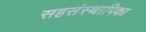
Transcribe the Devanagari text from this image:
सहसंस्थापिका